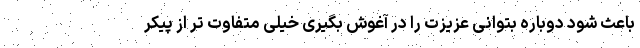
باعث شود دوباره بتوانی عزیزت را در آغوش بگیری خیلی متفاوت تر از پیکر